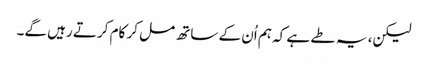
لیکن، یہ طے ہے کہ ہم اُن کے ساتھ مل کر کام کرتے رہیں گے۔